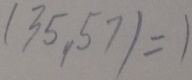
( 3 5 , 5 7 ) = 1